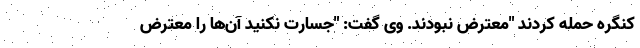
کنگره حمله کردند "معترض نبودند. وی گفت: "جسارت نکنید آن‌ها را معترض